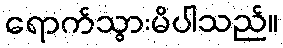
ရောက်သွားမိပါသည်။